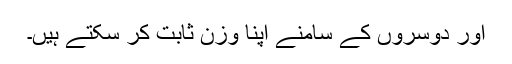
اور دوسروں کے سامنے اپنا وزن ثابت کر سکتے ہیں۔